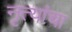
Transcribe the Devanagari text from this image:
नृत्यांचा